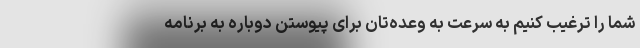
شما را ترغیب کنیم به سرعت به وعده‌تان برای پیوستن دوباره به برنامه